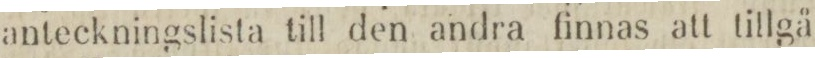
anteckningslista till den andra finnas att tillgå